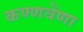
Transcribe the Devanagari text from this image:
कण्णवेंणा